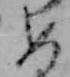
め